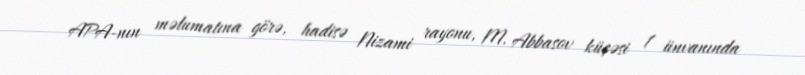
APA-nın məlumatına görə, hadisə Nizami rayonu, M. Abbasov küçəsi 1 ünvanında